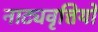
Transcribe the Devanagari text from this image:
नाट्यवृत्तियों